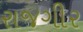
રાજગીર